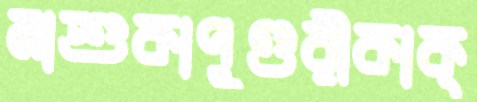
মাশুকাপুণ্ডরীকাক্